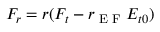
F _ { r } = r ( F _ { t } - r _ { \textrm { E F } } E _ { t 0 } )